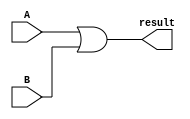
module Or (
    input wire [31:0] A,
    input wire [31:0] B,
    output wire [31:0] result
);

    assign result = A | B;

endmodule